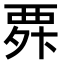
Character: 𮗃